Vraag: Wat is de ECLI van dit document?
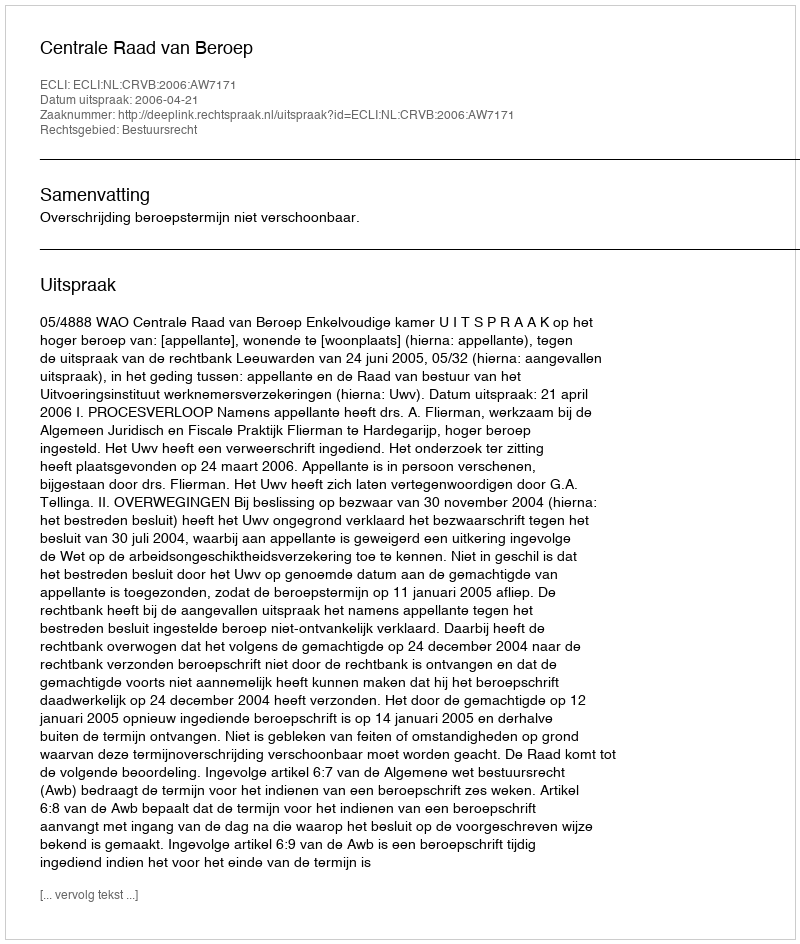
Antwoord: ECLI:NL:CRVB:2006:AW7171